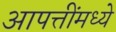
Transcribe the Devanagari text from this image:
आपत्तींमध्ये